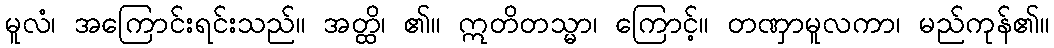
မူလံ၊ အကြောင်းရင်းသည်။ အတ္ထိ၊ ၏။ ဣတိတသ္မာ၊ ကြောင့်။ တဏှာမူလကာ၊ မည်ကုန်၏။